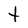
Character: t